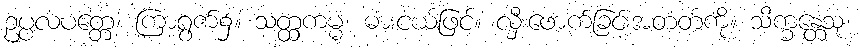
ဥပ္ပလပတ္တေ၊ ကြာရွက်၌။ သတ္ထကမ္မံ၊ ဓားငယ်ဖြင့်။ လှီးဖောက်ခြင်းအတတ်ကို။ သိက္ခန္တေသု၊